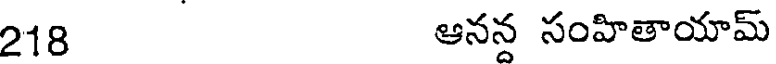
218 ఆనన సంహితాయామ్